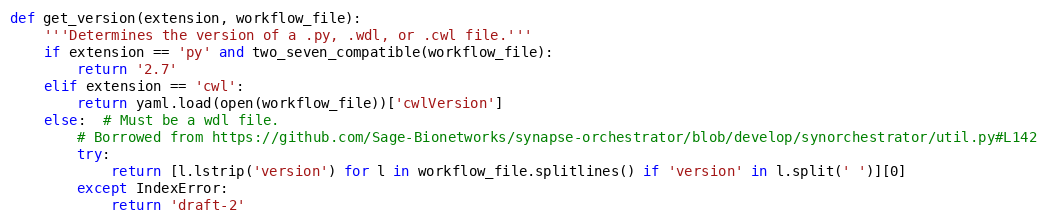
Language: Python
def get_version(extension, workflow_file):
    '''Determines the version of a .py, .wdl, or .cwl file.'''
    if extension == 'py' and two_seven_compatible(workflow_file):
        return '2.7'
    elif extension == 'cwl':
        return yaml.load(open(workflow_file))['cwlVersion']
    else:  # Must be a wdl file.
        # Borrowed from https://github.com/Sage-Bionetworks/synapse-orchestrator/blob/develop/synorchestrator/util.py#L142
        try:
            return [l.lstrip('version') for l in workflow_file.splitlines() if 'version' in l.split(' ')][0]
        except IndexError:
            return 'draft-2'